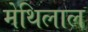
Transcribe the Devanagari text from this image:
मेथिलाल